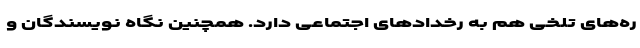
ره‌های تلخی هم به رخدادهای اجتماعی دارد. همچنین نگاه نویسندگان و